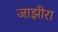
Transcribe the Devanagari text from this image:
जाझीरा